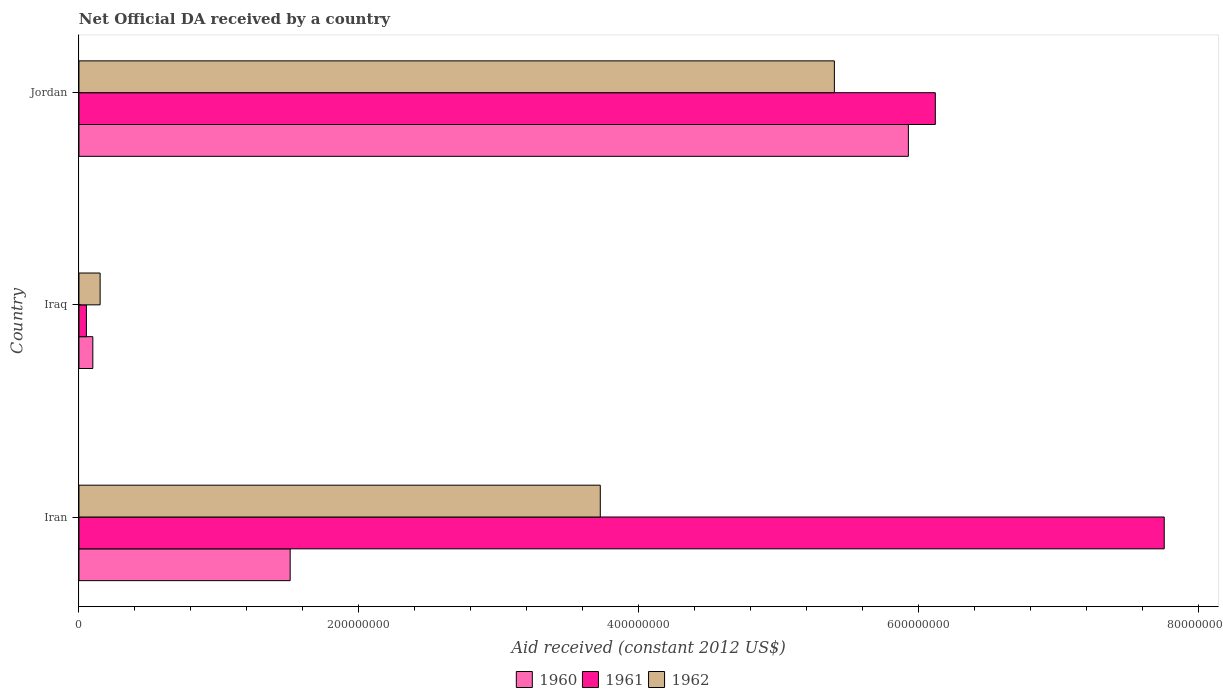
| Country | 1960 | 1961 | 1962 |
 | --- | --- | --- | --- |
 | Iran | 1.51e+08 | 7.75e+08 | 3.73e+08 |
 | Iraq | 9.91e+06 | 5.33e+06 | 1.51e+07 |
 | Jordan | 5.93e+08 | 6.12e+08 | 5.4e+08 |